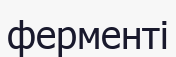
ферменті